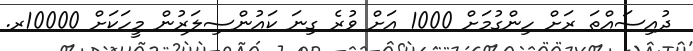
ދުއިސައްތަ ރަށް ހިންގުމަށް 1000 އަށް ވުރެ ގިނަ ކައުންސިލަރުން މީހަކަށް 10000ރ.